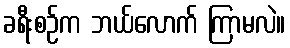
ခရီးစဉ်က ဘယ်လောက် ကြာမလဲ။